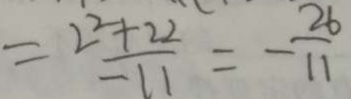
= \frac { 2 ^ { 2 } + 2 2 } { - 1 1 } = - \frac { 2 6 } { 1 1 }